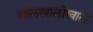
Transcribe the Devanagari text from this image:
गॉलखालोखाल